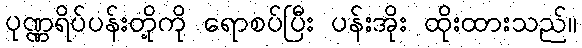
ပုဏ္ဏရိပ်ပန်းတို့ကို ရောစပ်ပြီး ပန်းအိုး ထိုးထားသည်။